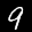
Label: 9